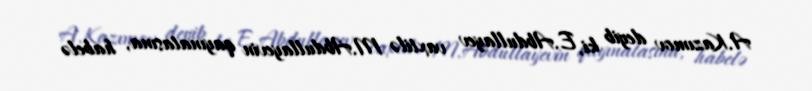
A.Kazımov deyib ki, E.Abdullayev vaxtilə M.Abdullayevin qayınatasına, habelə